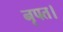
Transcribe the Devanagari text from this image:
नृपत।